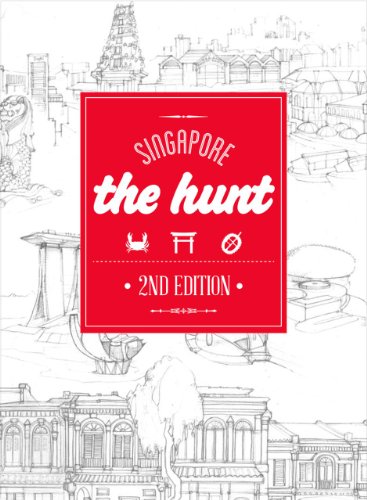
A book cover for The HUNT Singapore (The HUNT Guides); Bernard Baskin; Travel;